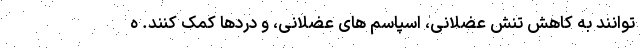
توانند به کاهش تنش عضلانی، اسپاسم های عضلانی، و دردها کمک کنند. ه